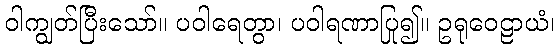
ဝါကျွတ်ပြီးသော်။ ပဝါရေတွာ၊ ပဝါရဏာပြု၍။ ဥရုဝေဠာယံ၊